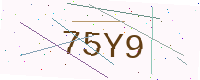
Text: 75Y9